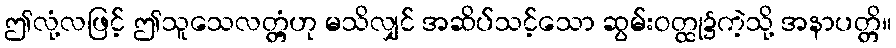
ဤလုံ့လဖြင့် ဤသူသေလတ္တံ့ဟု မသိလျှင် အဆိပ်သင့်သော ဆွမ်းဝတ္ထု၌ကဲ့သို့ အနာပတ္တိ။